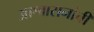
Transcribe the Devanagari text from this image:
आश्वासनांची